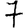
Digit: 7